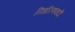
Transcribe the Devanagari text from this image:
निर्धारणवादी